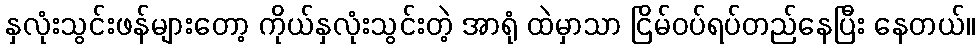
နှလုံးသွင်းဖန်များတော့ ကိုယ်နှလုံးသွင်းတဲ့ အာရုံ ထဲမှာသာ ငြိမ်ဝပ်ရပ်တည်နေပြီး နေတယ်။